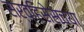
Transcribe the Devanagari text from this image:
सर्व्हिसेसच्या